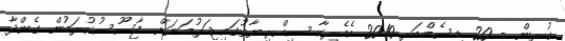
ކުރިން - 20 ޑިސެމްބަރ 2010 އެމެރިކާ ސިއްރިޔާތުގައި ޖަރުމަނަށް ޖާސޫސުކުރަމުން ގެންދާ